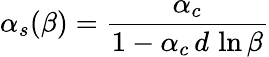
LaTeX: \alpha_{s}(\beta)=\frac{\alpha_{c}}{1-\alpha_{c}\, d\, \ln\beta}